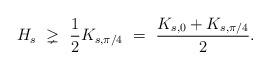
LaTeX: \begin{align*}H_s \ \gneq\ \frac{1}{2}K_{s,\pi/4}\ =\ \frac{K_{s,0}+K_{s,\pi/4}}2.\end{align*}